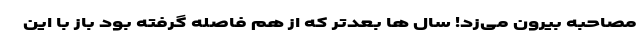
مصاحبه بیرون می‌زد! سال ها بعدتر که از هم فاصله گرفته بود باز با این